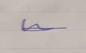
Signature authenticity: genuine